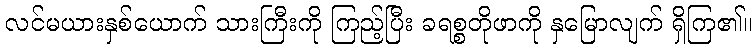
လင်မယားနှစ်ယောက် သားကြီးကို ကြည့်ပြီး ခရစ္စတိုဖာကို နှမြောလျက် ရှိကြ၏။